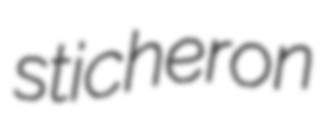
sticheron